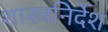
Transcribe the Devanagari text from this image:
शास्त्रनिर्देश